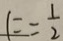
F = \frac { 1 } { 2 }